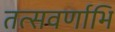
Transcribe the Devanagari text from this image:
तत्सवर्णाभि